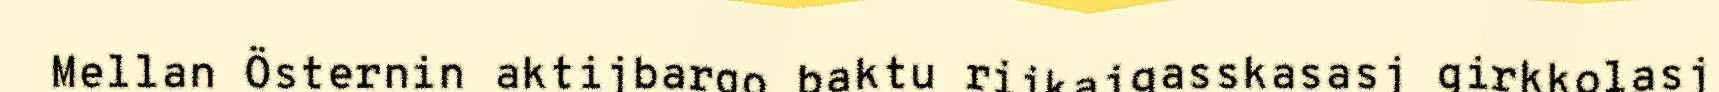
Mellan Östernin aktijbargo baktu rijkajgasskasasj girkkolasj